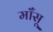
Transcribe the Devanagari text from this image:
माँसू